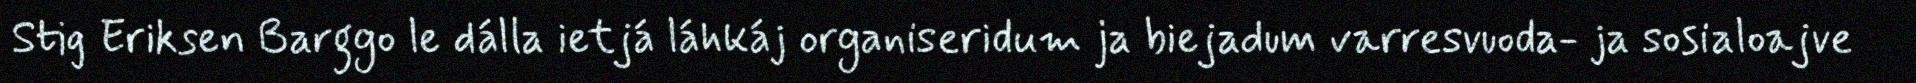
Stig Eriksen Barggo le dálla ietjá láhkáj organiseridum ja biejadum varresvuoda- ja sosialoajve